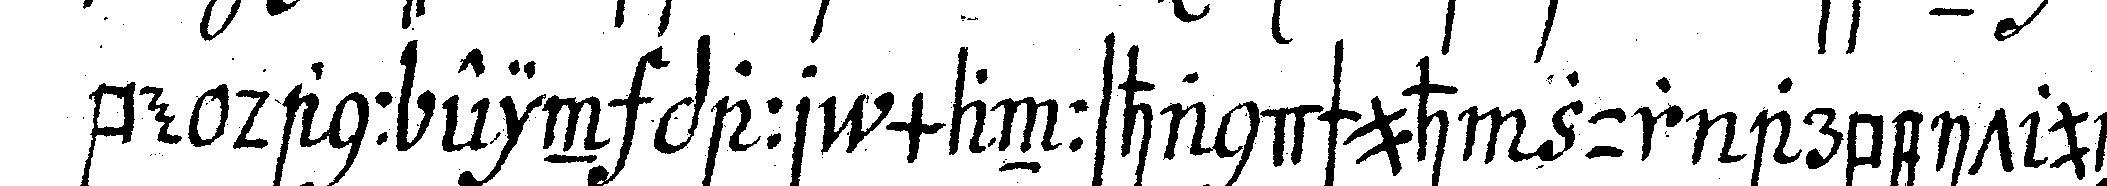
be dann ein paar mannshandschuh zur arbeit und